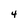
Character: 4